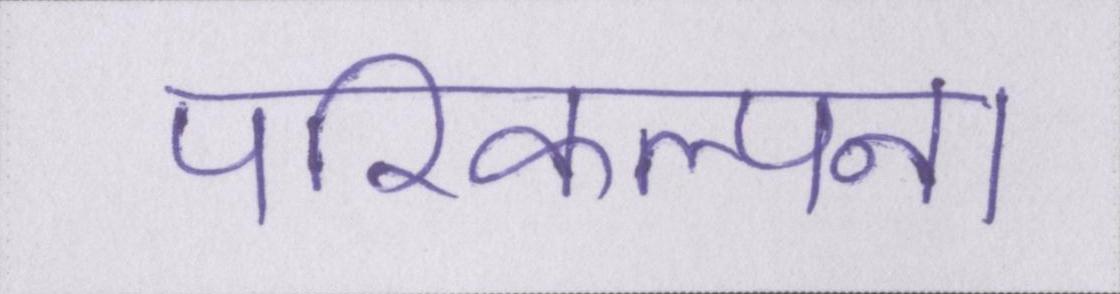
परिकल्पना